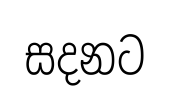
සදනට